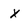
Character: X